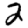
Digit: 2